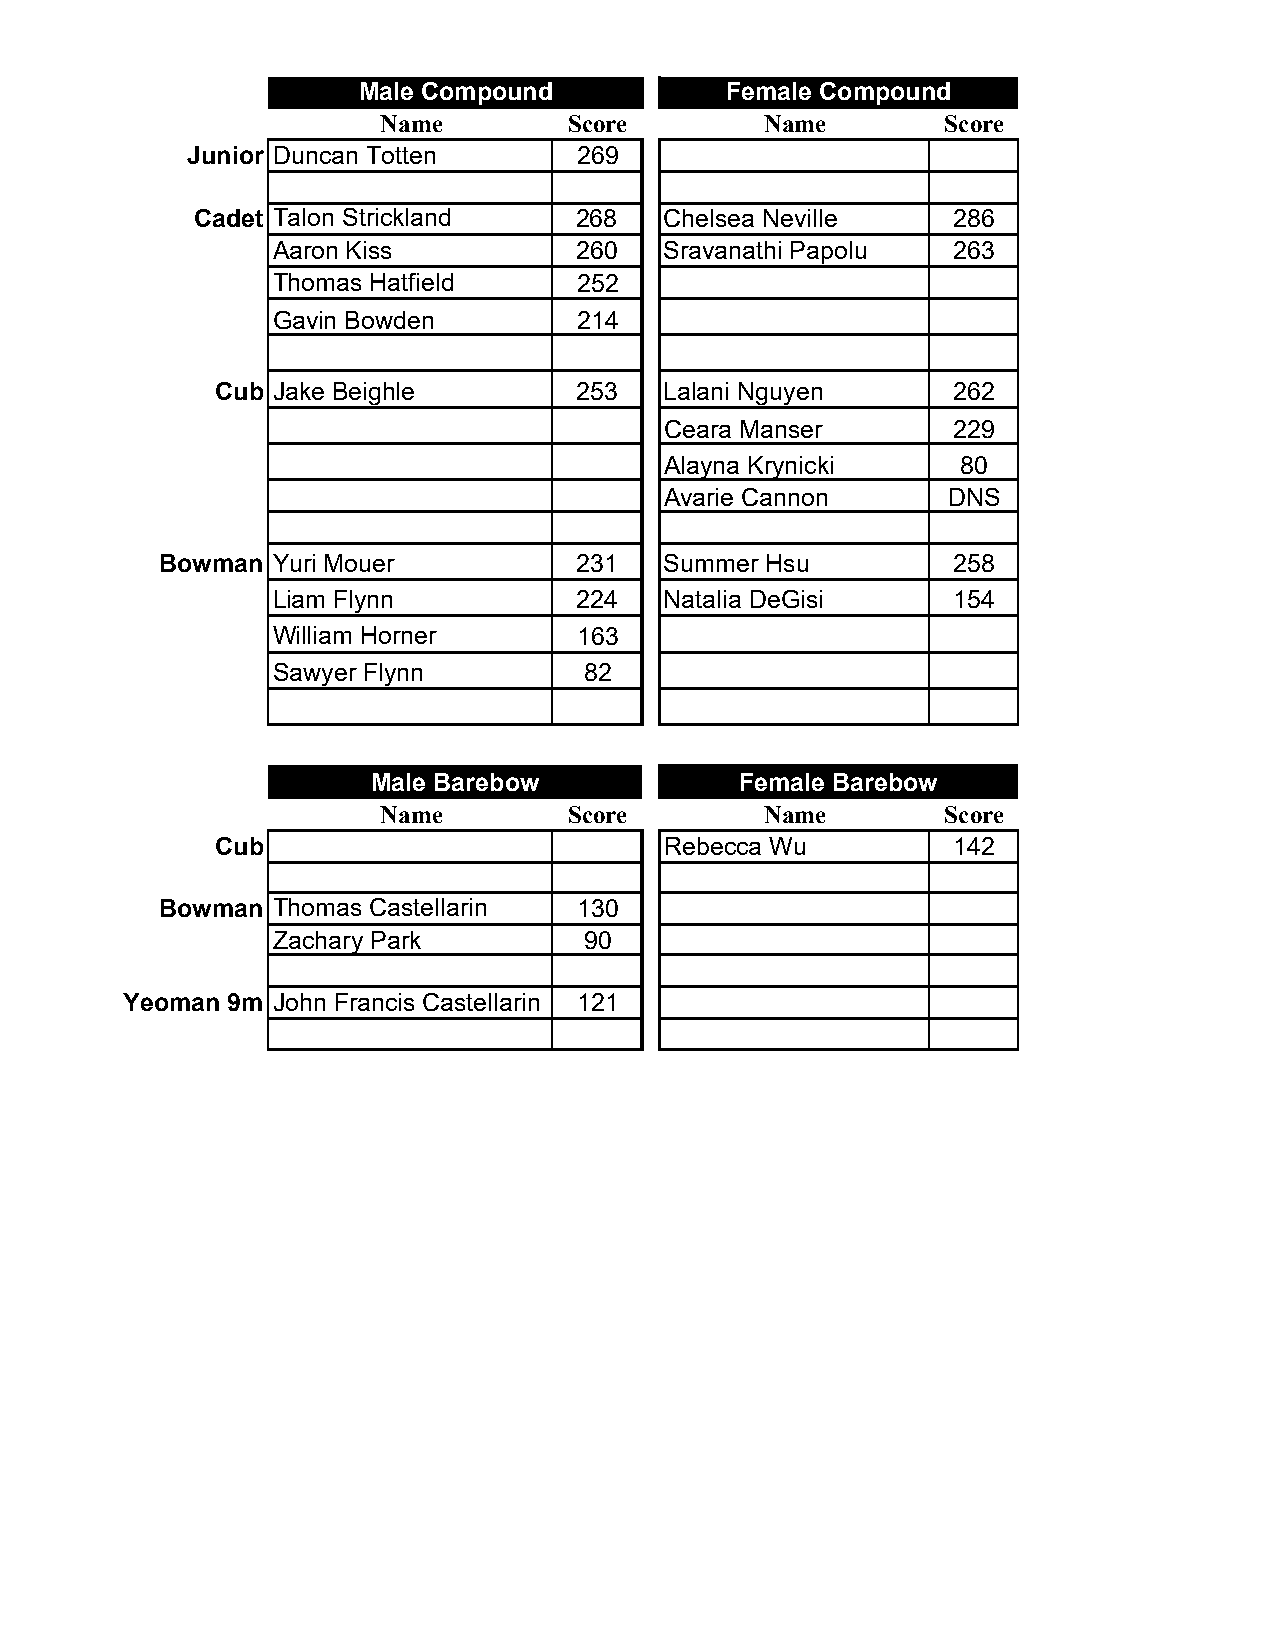
Male Compound           Female Compound
 Name         Score        Name        Score
 Junior Duncan Totten      269
 Cadet Talon Strickland   268   Chelsea Neville    286
 Aaron Kiss          260   Sravanathi Papolu  263
 Thomas Hatfield     252
 Gavin Bowden        214
 Cub Jake Beighle        253   Lalani Nguyen      262
 Ceara Manser       229
 Alayna Krynicki     80
 Avarie Cannon      DNS
 Bowman Yuri Mouer          231   Summer Hsu         258
 Liam Flynn          224   Natalia DeGisi     154
 William Horner      163
 Sawyer Flynn         82
 Male Barebow            Female Barebow
 Name         Score        Name        Score
 Cub                           Rebecca Wu         142
 Bowman Thomas Castellarin  130
 Zachary Park         90
 Yeoman 9m John Francis Castellarin 121